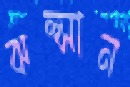
ঝল্‌সান